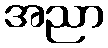
အညာ